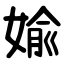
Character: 婾